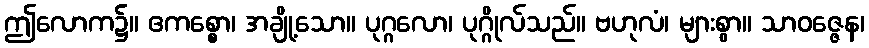
ဤလောက၌။ ဧကစ္စော၊ အချို့သော။ ပုဂ္ဂလော၊ ပုဂ္ဂိုလ်သည်။ ဗဟုလံ၊ များစွာ။ သာဝဇ္ဇေန၊